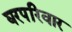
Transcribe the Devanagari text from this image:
घरपरिवार